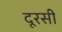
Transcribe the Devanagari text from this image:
दूरसी